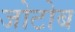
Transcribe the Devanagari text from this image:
जोटोब